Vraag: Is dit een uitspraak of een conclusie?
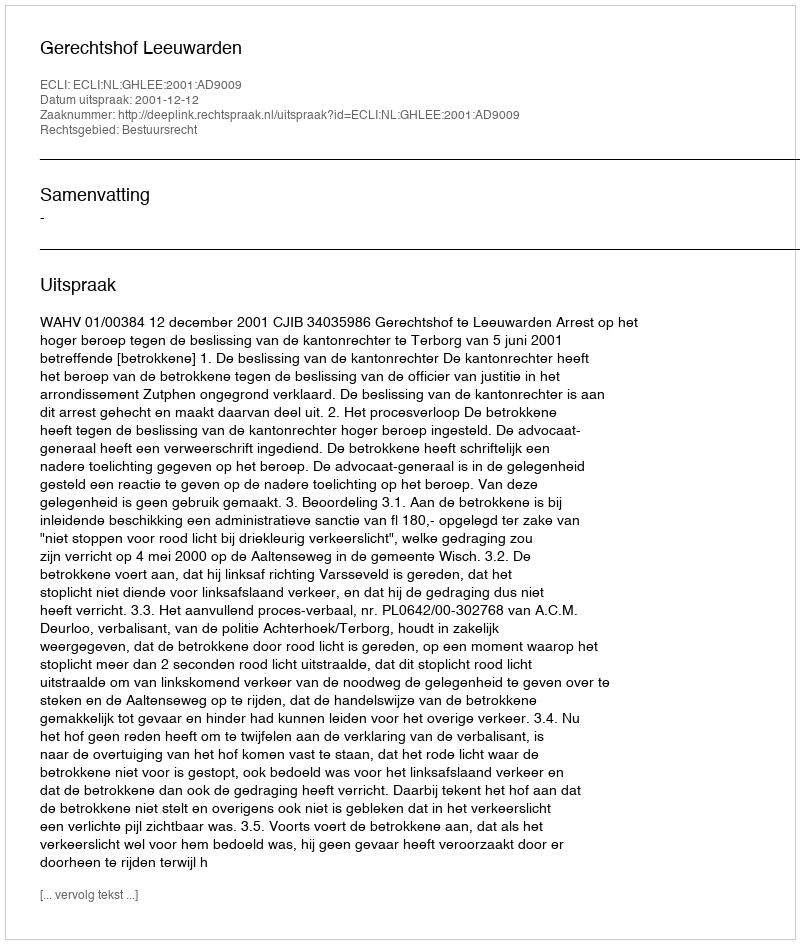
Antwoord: Uitspraak